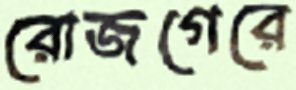
রোজগেরে